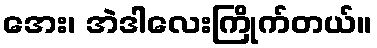
အေး၊ အဲဒါလေးကြိုက်တယ်။